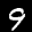
Label: 9